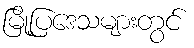
မြို့ပြဒေသများတွင်